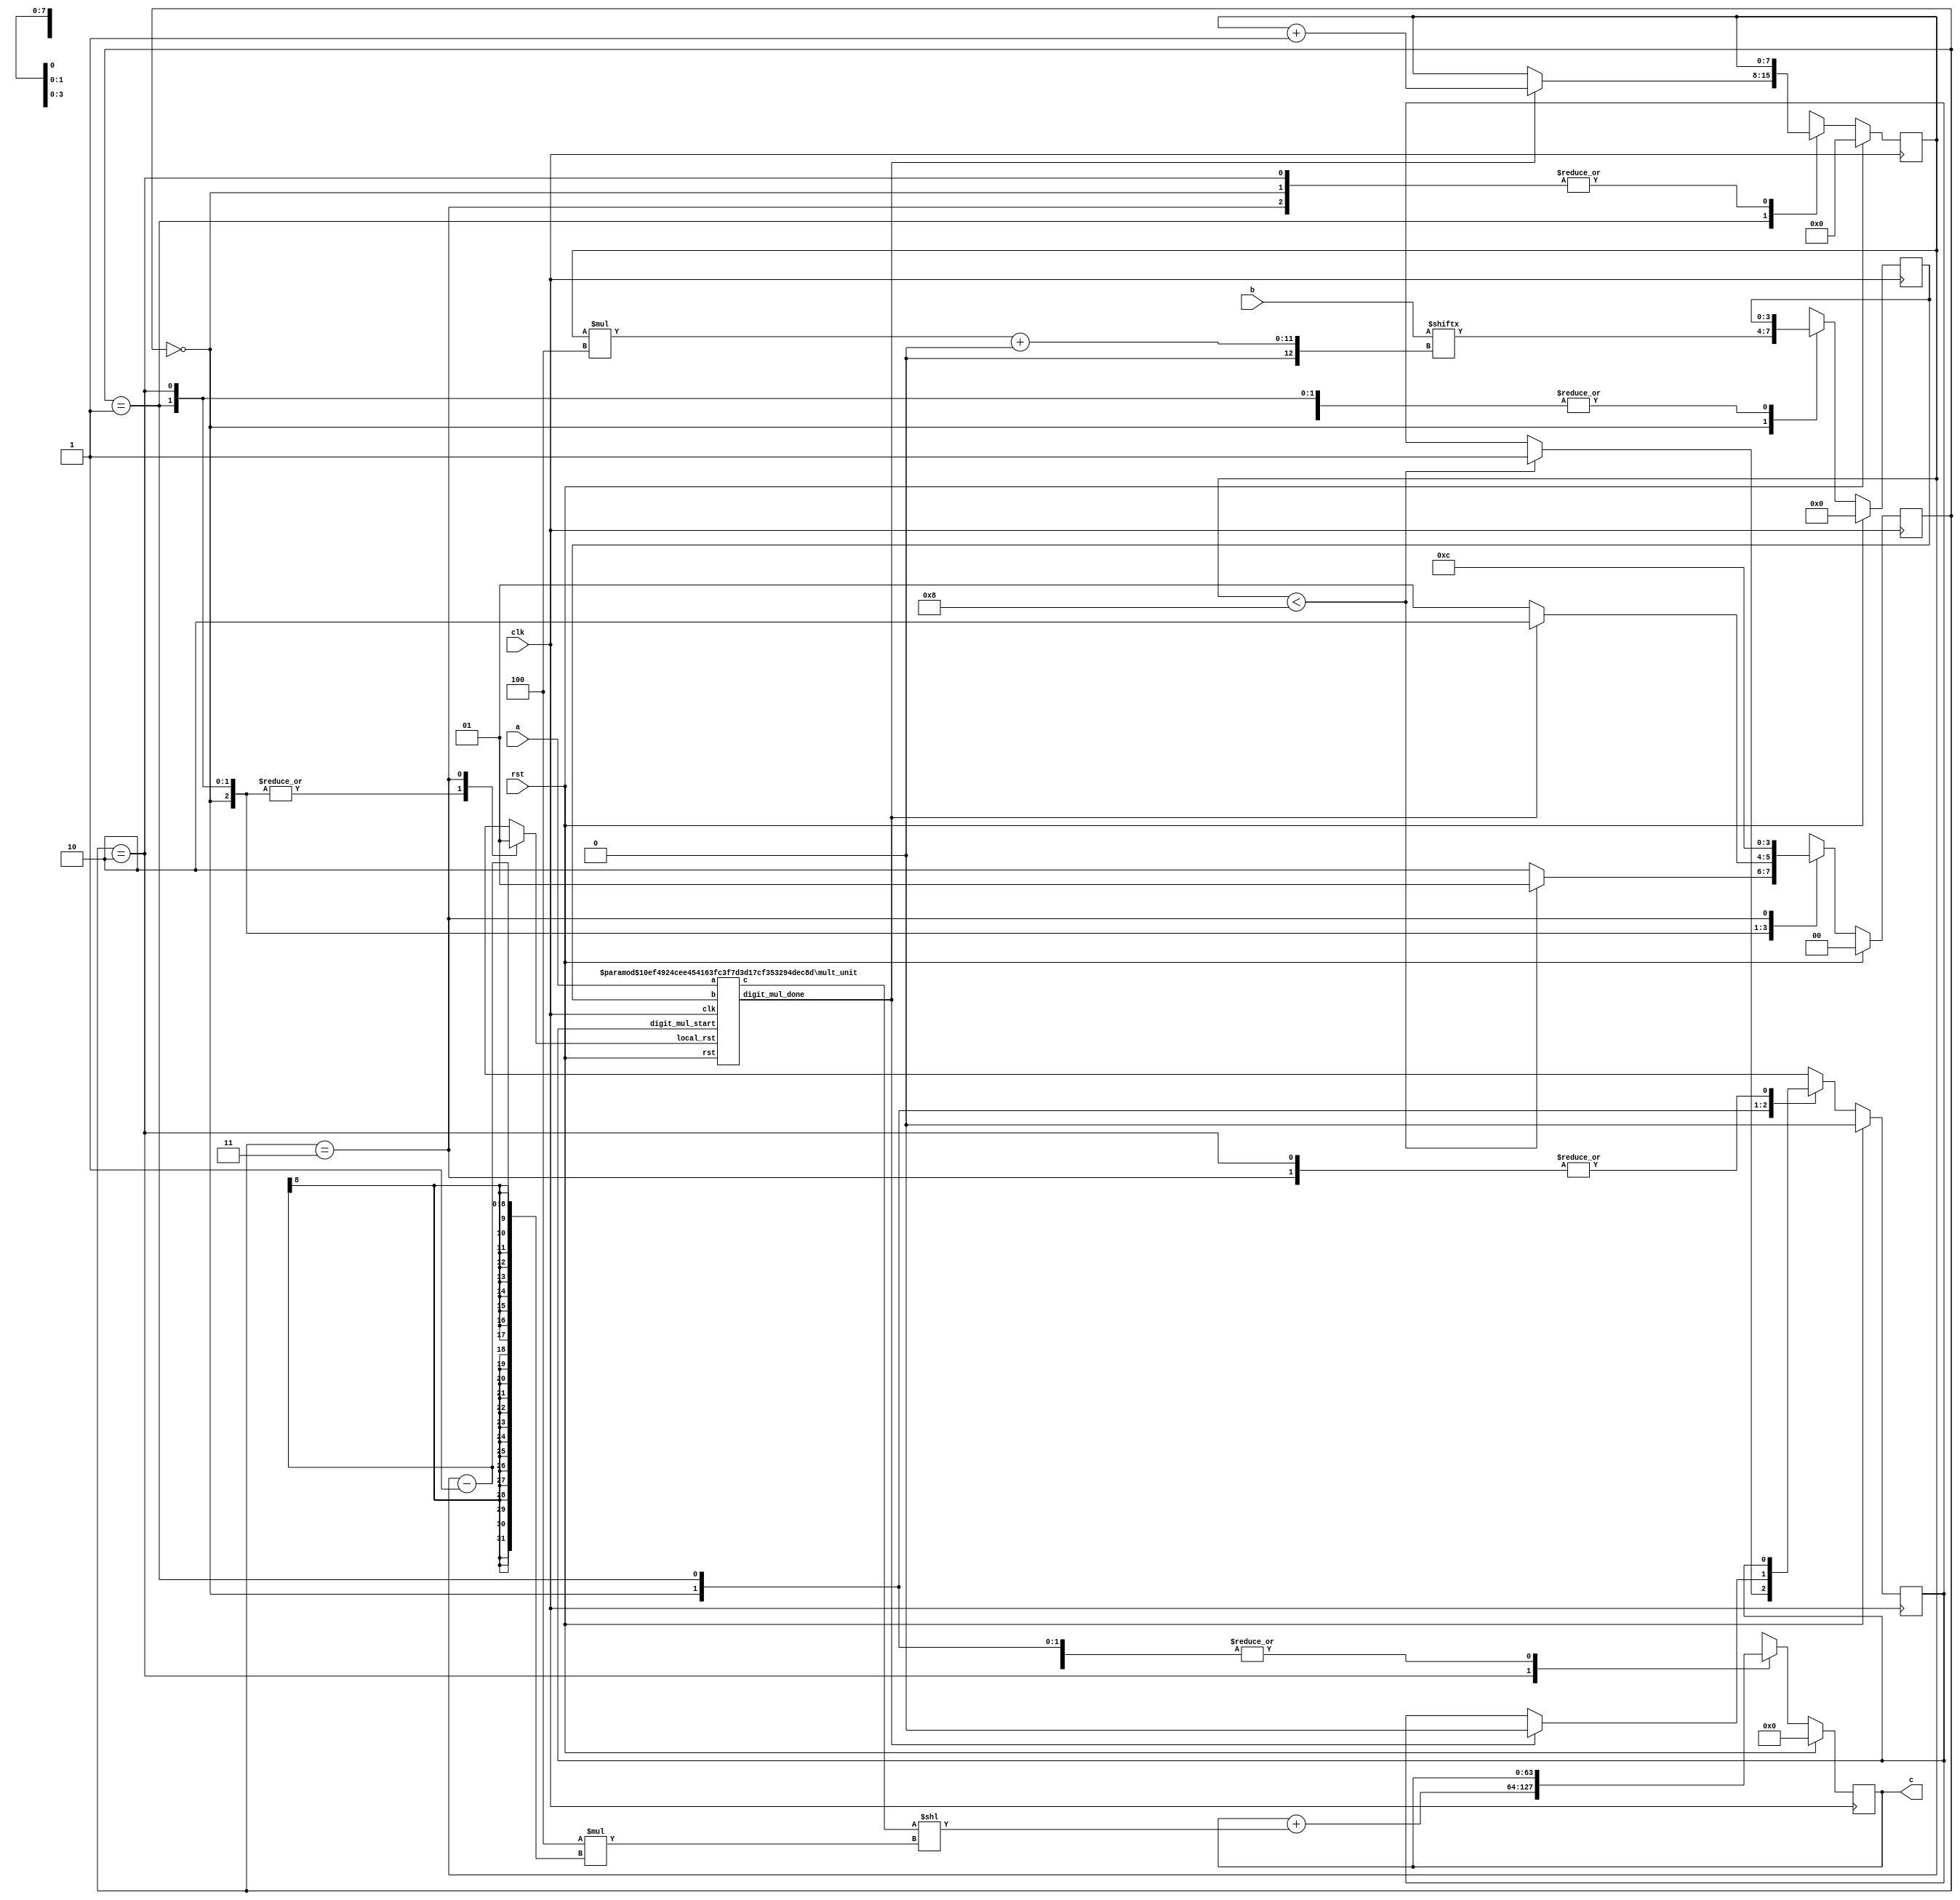
// TalTech large multiplier library
// Multiplier type: sbm_digitized
// Parameters: 32 32 1
// Target tool: genus
module sbm_digitized(clk, rst, a, b, c);

// Declaration of parameters
parameter SIZEA = 32;
parameter SIZEB = 32;
parameter SIZEOF_DIGITS = 4;
parameter DIGITS = 8;

// Declaration of module inputs and outputs
input clk;
input rst;
input [31:0] a;
input [31:0] b;
output reg [63:0] c;

// Set local parameters for FSM controller
localparam ST_RUN = 0;
localparam ST_WAIT = 1;
localparam ST_OFFSET = 2;
localparam ST_RST = 3;

// Registers declaration 
reg local_rst;
reg digit_mul_start;
reg digit_mul_start_next;
reg  [3:0] short_b;
reg  [3:0] short_b_next;
reg  [7:0] counter_digits;
reg  [7:0] counter_digits_next;
reg  [1:0] state;
reg  [1:0] next_state;
reg  [63:0] next_c;
reg  [31:0] tmp;
reg  [14:0] upper_addr;
reg  [14:0] lower_addr;

// Wires declaration 
wire digit_mul_done;
wire  [35:0] short_c;

// Multiplier Instance
mult_unit #(32, 4) mult_unit (clk, rst, local_rst, a, short_b, digit_mul_start, short_c, digit_mul_done);

// FSM-controller --< Sequential Part
always @(posedge clk) begin
	if (rst == 1'b1) begin
		state <= ST_RUN;
		c <= 64'b0;
		counter_digits <= 8'b0;
		short_b <= 4'b0;
		digit_mul_start <= 1'b0;
	end
	else begin
		state <= next_state;
		c <= next_c;
		counter_digits <= counter_digits_next;
		short_b <= short_b_next;
		digit_mul_start <= digit_mul_start_next;
	end
end

// FSM-controller --< Combinational Part
always @ (*) begin 
	next_state = state;
	next_c = c;
	digit_mul_start_next = digit_mul_start;
	local_rst = 0;
	counter_digits_next = counter_digits;
	short_b_next = short_b;
	tmp = tmp;
	case (state)
		ST_RUN: begin
			tmp[31:0] = b[31:0];
			lower_addr = counter_digits_next*(4);
			short_b_next = tmp[lower_addr+:4];
			if (counter_digits_next < 8) begin
				digit_mul_start_next = 1'b1;
				next_state = ST_WAIT;
			end
			else begin 
				next_state = ST_OFFSET;
			end
		end
		ST_WAIT: begin
			if (digit_mul_done == 1'b1) begin
				digit_mul_start_next = 1'b0;
				counter_digits_next = counter_digits_next +1;
				next_state = ST_OFFSET;
			end
			else begin 
				next_state = ST_WAIT;
			end
		end
		ST_OFFSET: begin
			next_c = next_c + (short_c << 4 *(counter_digits_next-1));
			next_state = ST_RST;
		end
		ST_RST: begin
			local_rst = 1'b1;
			next_state = ST_RUN;
		end
	endcase
end
endmodule

// multiplier inside the sbm_digitized
module mult_unit(clk, rst, local_rst, a, b, digit_mul_start, c, digit_mul_done);

// Declaration of parameters
parameter SHORTA = 1;
parameter SHORTB = 1;

// Declaration of module inputs and outputs
input clk;
input rst;
input local_rst;
input [31:0] a;
input [3:0] b;
input digit_mul_start;
output reg [35:0] c;
output reg digit_mul_done;

// Registers declaration 
reg [11:0] count;

always @ (posedge clk) begin 
	if ((rst == 1'b1) || (local_rst == 1'b1)) begin
		c <= {SHORTA+SHORTB { 1'b0}};
		count <= 12'd0;
		digit_mul_done <= 1'b0;
	end
	else begin
		if (digit_mul_start == 1'b1) begin
			if (count < SHORTB) begin
				if (b[count] == 1) begin
					c <= c + (a << count);
				end
					count <= count + 12'd1;
			end
			else begin
				digit_mul_done <= 1'b1;
			end
		end
	end
end
endmodule